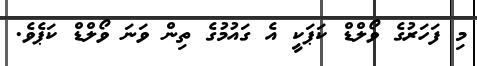
މި ފަހަރުގެ ވޯލްޑް ކަޕަކީ އެ ގައުމުގެ ތިން ވަނަ ވޯލްޑް ކަޕެވެ.